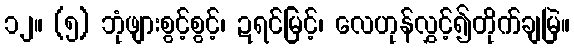
၁၂။ (၅) ဘုံဖျားစွင့်စွင့်၊ ဍရင်မြင့်၊ လေဟုန်လွှင့်၍တိုက်ချမြဲ။